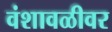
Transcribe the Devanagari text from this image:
वंशावळीवर